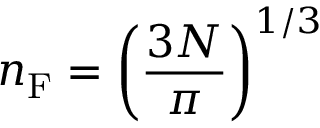
n _ { \mathrm { F } } = \left( { \frac { 3 N } { \pi } } \right) ^ { 1 / 3 }